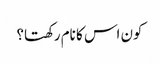
کون اس کا نام رکھتا؟